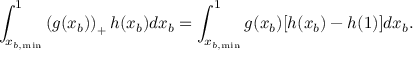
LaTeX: \int _ { x _ { b , \mathrm { m i n } } } ^ { 1 } { \left( g ( x _ { b } ) \right) _ { + } h ( x _ { b } ) d x _ { b } } = \int _ { x _ { b , \mathrm { m i n } } } ^ { 1 } { g ( x _ { b } ) [ h ( x _ { b } ) - h ( 1 ) ] d x _ { b } } .